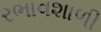
રભાવશાળી